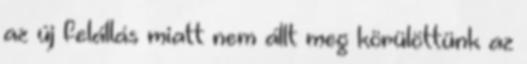
az új felállás miatt nem állt meg körülöttünk az